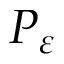
P _ { \varepsilon }